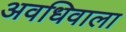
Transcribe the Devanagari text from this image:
अवधिवाला